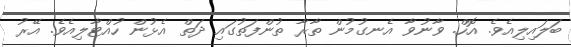
ބަލައިލިއެވެ. އޮހް. ވާނުވާ އެނގުމުން ތާރާ ތުންފަތުގައި ދަތް އެޅުން ހުއްޓާލިއެވެ. އޭރު